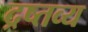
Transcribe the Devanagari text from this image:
द्रष्तव्य